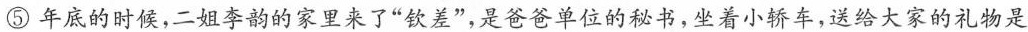
⑤年底的时候，二姐李的的家里来了”钦差”，是爸爸位的秘书，坐着小轿车，送给大家的礼物是